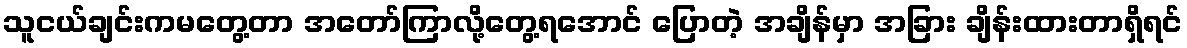
သူငယ်ချင်းကမတွေ့တာ အတော်ကြာလို့တွေ့ရအောင် ပြောတဲ့ အချိန်မှာ အခြား ချိန်းထားတာရှိရင်